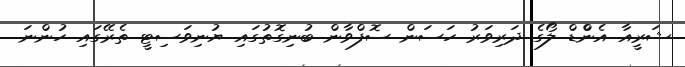
ޝަރީއާ އެންްޑް ލޯގެ ދަރިވަރު ހަސަން ސޮފްވާން ބުނިގޮތުގައި ޔުނިވަސިޓީ ތެރޭގައި ހުންނަ